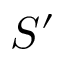
S ^ { \prime }